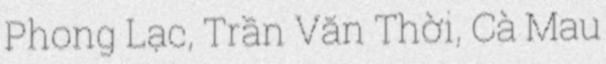
Phong Lạc, Trần Văn Thời, Cà Mau